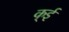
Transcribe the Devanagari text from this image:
क्ई